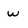
Character: w